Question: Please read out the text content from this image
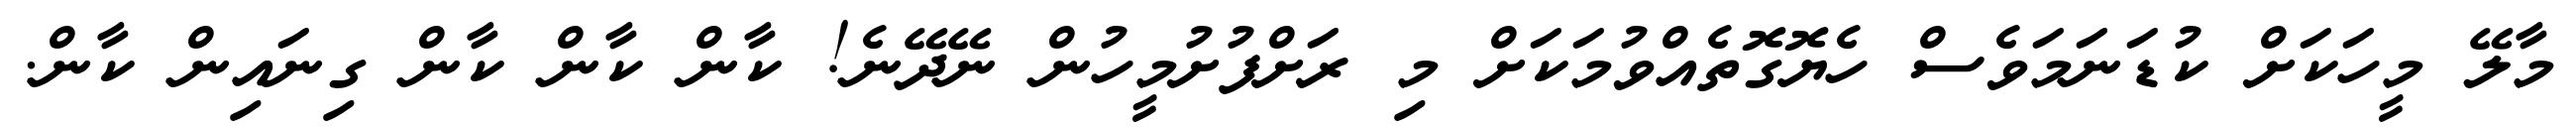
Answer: މާލޭ މީހަކަށް ކުޑަނަމަވެސް ހެޔޮގޮތެއްވުމަކަށް މި ރަށްފުށުމީހުން ނޭދޭނެ! ކާން ކާން ކާން ގިނައިން ކާން.